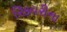
રિકવરીના